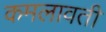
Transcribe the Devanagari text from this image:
कमलावती